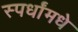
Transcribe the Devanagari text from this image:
स्पर्धांमधे